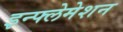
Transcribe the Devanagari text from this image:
इन्फ्लेमेशन